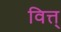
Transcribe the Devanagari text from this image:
वित्त्